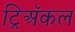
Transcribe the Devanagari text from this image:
ट्रिअॅकल